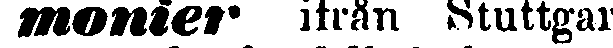
monier ifrån Stuttgar